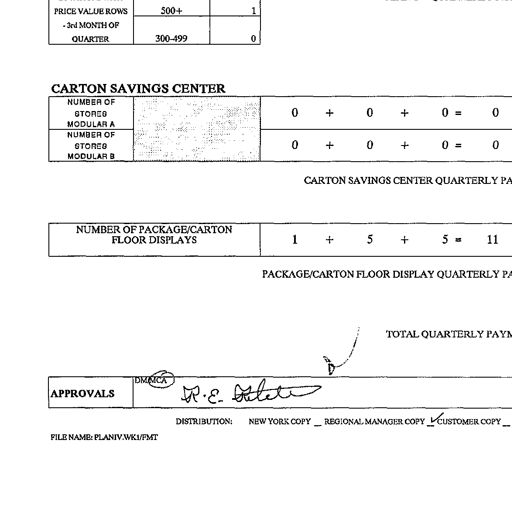
PRICE VALUE ROWS 500+ 1
- 3rd MONTH OF
QUARTER 300-499 0
CARTON SAVINGS CENTER
NUMBER OF
STORES 0 + 0 + 0 = 0
MODULAR A
NUMBER OF
STORES 0 + 0 + 0 = 0
MODULAR B
CARTON SAVINGS CENTER QUARTERLY PA
NUMBER OF PACKAGE/CARTON
FLOOR DISPLAYS 1 + 5 + 5 = 11
PACKAGE/CARTON FLOOR DISPLAY QUARTERLY PA
TOTAL QUARTERLY PAYM
APPROVALS DM/MCA R.E. Gillette
DISTRIBUTION: NEW YORK COPY _ REGIONAL MANAGER COPY ✓ CUSTOMER COPY _
FILE NAME: PLANIV.WK1/FMT